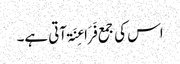
اس کی جمع فَرَاعِنَۃ آتی ہے۔